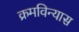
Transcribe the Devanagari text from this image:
क्रमविन्यास